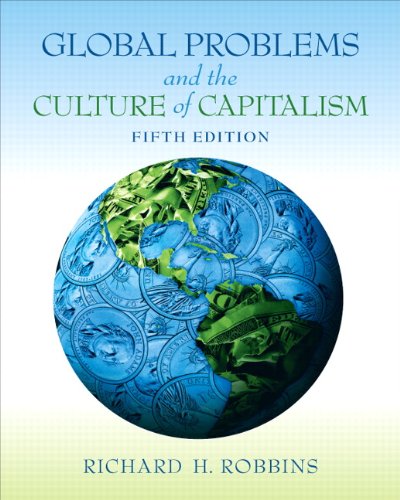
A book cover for Global Problems and the Culture of Capitalism (5th Edition); Richard H. Robbins; Business & Money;